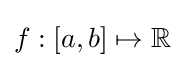
f:[a,b]\mapsto \mathbb {R}